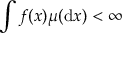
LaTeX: \int f ( x ) \mu ( \mathrm { d } x ) < \infty